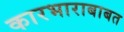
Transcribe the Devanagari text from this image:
कारभाराबाबत